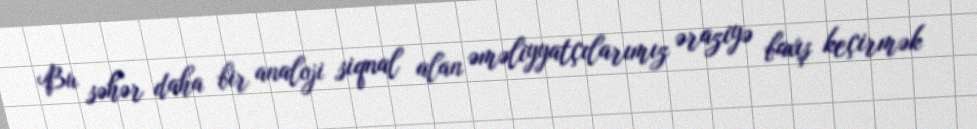
Bu səhər daha bir analoji siqnal alan əməliyyatçılarımız əraziyə baxış keçirmək